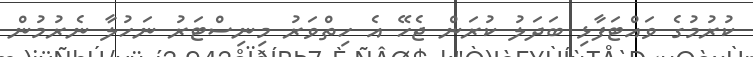
ކުރުމުގެ ވައްޓަފާޅި ބަދަލު ކުރަން ޖެހޭ އެ ހިތްވަރު މިނިސްޓަރު ނަހުލާ ނެރުމުން